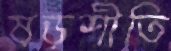
ষড়শীতি